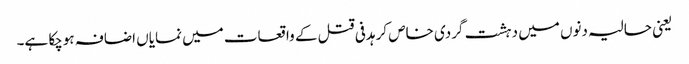
یعنی حالیہ دنوں میں دہشت گردی خاص کر ہدفی قتل کے واقعات میں نمایاں اضافہ ہوچکا ہے۔